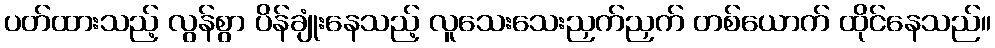
ပတ်ထားသည့် လွန်စွာ ပိန်ချုံးနေသည့် လူသေးသေးညှက်ညှက် တစ်ယောက် ထိုင်နေသည်။